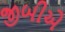
જીબીએ